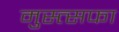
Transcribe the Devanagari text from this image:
मुस्त्सफा